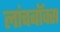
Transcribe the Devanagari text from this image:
लांचबॉक्स